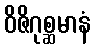
ဝိဇိဂုစ္ဆမာနံ